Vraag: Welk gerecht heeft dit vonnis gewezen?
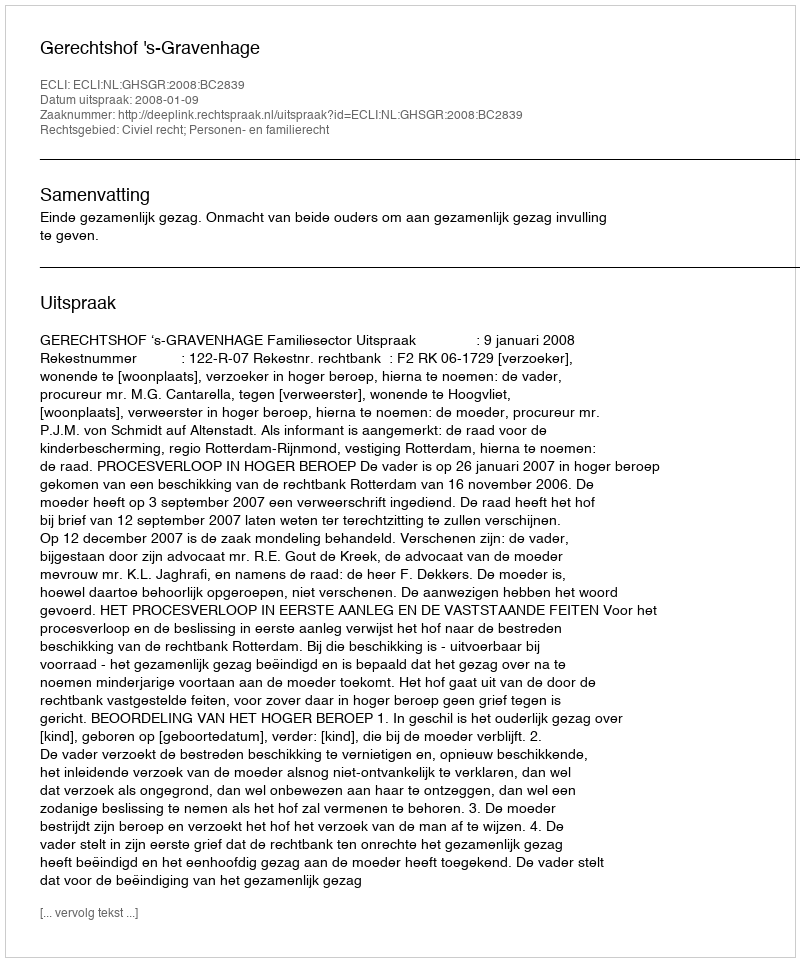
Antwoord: Gerechtshof 's-Gravenhage